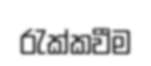
රැක්කවීම